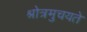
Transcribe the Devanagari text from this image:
श्रोत्रमुचयते